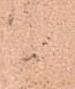
候